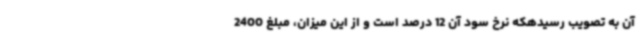
آن به تصویب رسیدهکه نرخ سود آن 12 درصد است و از این میزان، مبلغ 2400